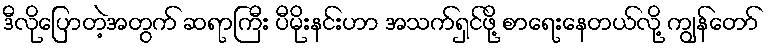
ဒီလိုပြောတဲ့အတွက် ဆရာကြီး ပီမိုးနင်းဟာ အသက်ရှင်ဖို့ စာရေးနေတယ်လို့ ကျွန်တော်